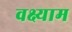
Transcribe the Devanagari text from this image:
वक्ष्याम